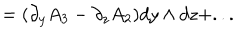
= ( \partial _ { y } A _ { 3 } - \partial _ { z } A _ { 2 } ) d y \wedge d z + . . .